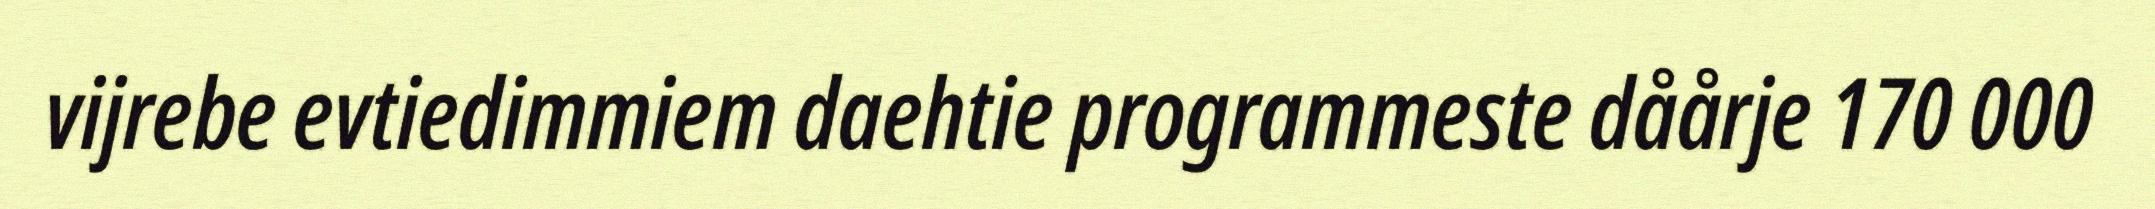
vijrebe evtiedimmiem daehtie programmeste dåårje 170 000